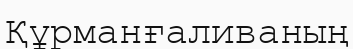
Құрманғаливаның